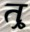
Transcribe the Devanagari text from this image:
त्र्